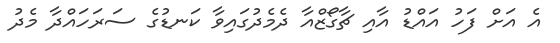
އެ އަށް ފަހު އައްޑު އާއި ޗާގޯޒްއާ ދެމެދުގައިވާ ކަނޑުގެ ސަރަހައްދާ މެދު